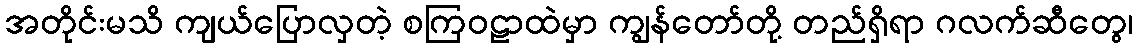
အတိုင်းမသိ ကျယ်ပြောလှတဲ့ စကြဝဠာထဲမှာ ကျွန်တော်တို့ တည်ရှိရာ ဂလက်ဆီတွေ၊